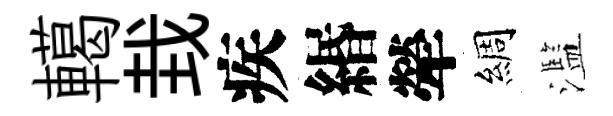
轕㘽疾緡犖綢濫